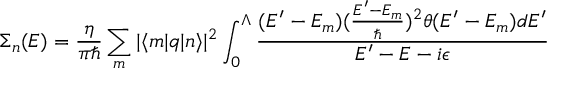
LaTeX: \Sigma _ { n } ( E ) = \frac { \eta } { \pi \hbar } \sum _ { m } | \langle m | q | n \rangle | ^ { 2 } \int _ { 0 } ^ { \Lambda } \frac { ( E ^ { \prime } - E _ { m } ) ( \frac { E ^ { \prime } - E _ { m } } { \hbar } ) ^ { 2 } \theta ( E ^ { \prime } - E _ { m } ) d E ^ { \prime } } { E ^ { \prime } - E - i \epsilon }